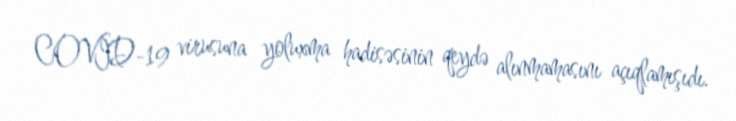
COVID-19 virusuna yoluxma hadisəsinin qeydə alınmamasını açıqlamışıdı.